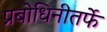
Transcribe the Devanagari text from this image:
प्रबोधिनीतर्फे